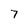
Character: 7